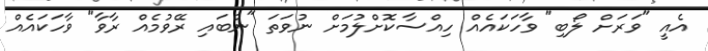
އެއީ "ވަރަށް ލޯބި" ވާހަކައެއް ހިއްސާކޮށްލުމަށް ނުވަތަ "ނުބައި ރޭވުމެއް ރާވާ" ވާހަކައެއް